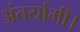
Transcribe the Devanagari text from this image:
अंतर्यामी।